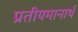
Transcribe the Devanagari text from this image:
प्रतीयमानार्थ